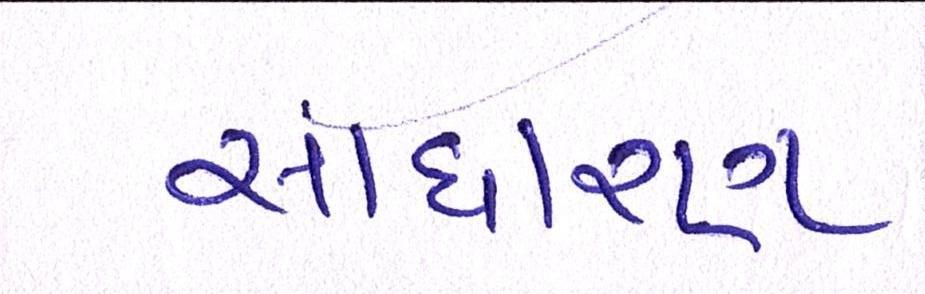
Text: સાઘારણ